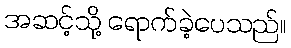
အဆင့်သို့ ရောက်ခဲ့ပေသည်။